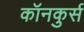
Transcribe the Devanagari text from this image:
कॉनकुर्स